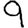
Digit: 9